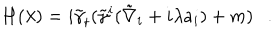
H ( \lambda ) = i \tilde { \gamma } _ { t } ( \tilde { \gamma } ^ { i } ( \tilde { \nabla } _ { i } + i \lambda a _ { i } ) + m ) .